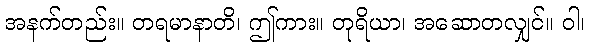
အနက်တည်း။ တရမာနာတိ၊ ဤကား။ တုရိယာ၊ အဆောတလျှင်။ ဝါ၊